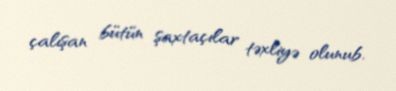
çalışan bütün şaxtaçılar təxliyə olunub.